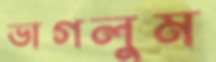
ভাগলুম